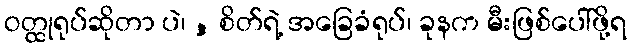
ဝတ္ထုရုပ်ဆိုတာ ပဲ၊ , စိတ်ရဲ့ အခြေခံရုပ်၊ ခုနက မီးဖြစ်ပေါ်ဖို့ရ